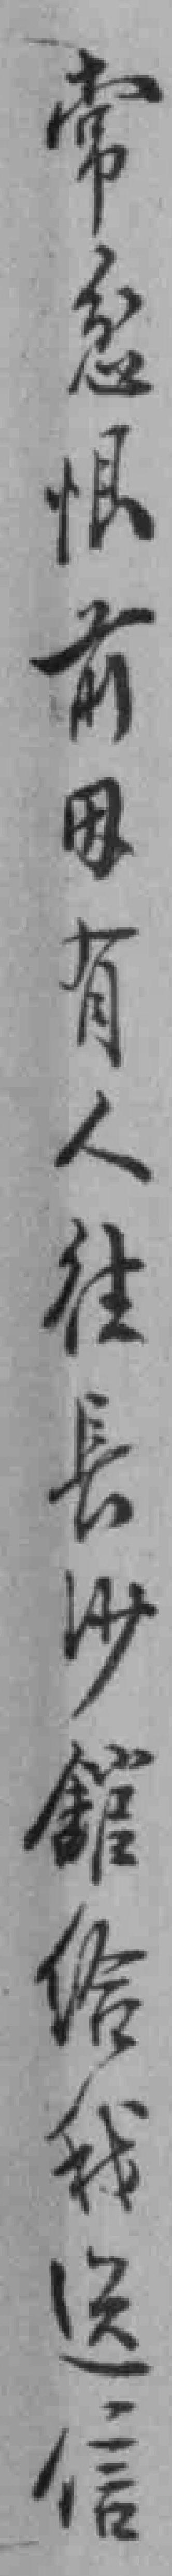
常忿恨前因有人徃長沙舘给我送信